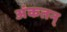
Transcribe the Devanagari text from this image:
अंकतन्